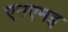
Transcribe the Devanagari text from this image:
एनएमइ